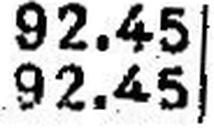
92.45